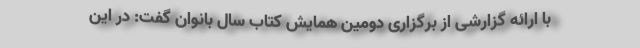
با ارائه گزارشی از برگزاری دومین همایش کتاب سال بانوان گفت: در این